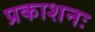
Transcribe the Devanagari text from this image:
प्रकाशनः